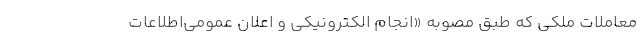
معاملات ملکی که طبق مصوبه «انجام الکترونیکی و اعلان عمومی‌اطلاعات